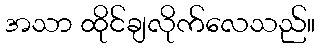
အသာ ထိုင်ချလိုက်လေသည်။